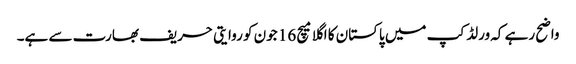
واضح رہے کہ ورلڈ کپ میں پاکستان کا اگلا میچ 16 جون کو روایتی حریف بھارت سے ہے۔